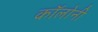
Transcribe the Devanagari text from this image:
काॅलोनी